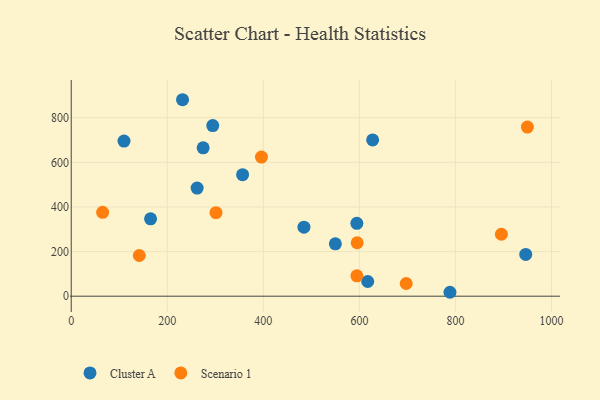
{"axis": {"x": "Speed", "y": "Yield"}, "legend": ["Cluster A", "Scenario 1"], "data": [{"x": "627.6", "y": 700.4, "type": "Cluster A"}, {"x": "788.6", "y": 17.6, "type": "Cluster A"}, {"x": "274.7", "y": 665.1, "type": "Cluster A"}, {"x": "356.8", "y": 544.6, "type": "Cluster A"}, {"x": "165.2", "y": 346.8, "type": "Cluster A"}, {"x": "484.6", "y": 309.3, "type": "Cluster A"}, {"x": "550.0", "y": 234.7, "type": "Cluster A"}, {"x": "262.2", "y": 484.8, "type": "Cluster A"}, {"x": "109.9", "y": 695.4, "type": "Cluster A"}, {"x": "946.4", "y": 187.3, "type": "Cluster A"}, {"x": "294.7", "y": 765.0, "type": "Cluster A"}, {"x": "617.4", "y": 65.9, "type": "Cluster A"}, {"x": "594.7", "y": 326.6, "type": "Cluster A"}, {"x": "231.8", "y": 880.7, "type": "Cluster A"}, {"x": "301.4", "y": 374.5, "type": "Scenario 1"}, {"x": "949.8", "y": 757.9, "type": "Scenario 1"}, {"x": "594.8", "y": 91.3, "type": "Scenario 1"}, {"x": "595.4", "y": 239.7, "type": "Scenario 1"}, {"x": "141.7", "y": 182.4, "type": "Scenario 1"}, {"x": "396.1", "y": 623.7, "type": "Scenario 1"}, {"x": "895.7", "y": 277.8, "type": "Scenario 1"}, {"x": "65.4", "y": 375.9, "type": "Scenario 1"}, {"x": "697.5", "y": 56.9, "type": "Scenario 1"}]}